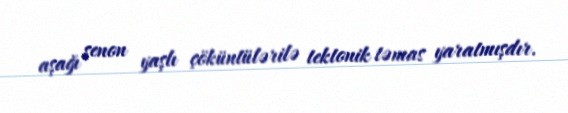
aşağı senon yaşlı çöküntülərilə tektonik təmas yaratmışdır.